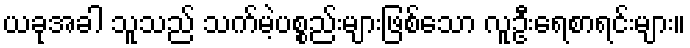
ယခုအခါ သူသည် သက်မဲ့ပစ္စည်းများဖြစ်သော လူဦးရေစာရင်းများ။